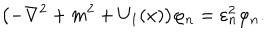
LaTeX: \bigl ( - \nabla ^ { 2 } + m ^ { 2 } + U _ { 1 } ( x ) \bigr ) \varphi _ { n } = \varepsilon _ { n } ^ { 2 } \varphi _ { n } .